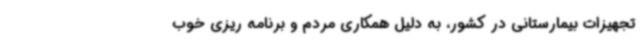
تجهیزات بیمارستانی در کشور، به دلیل همکاری مردم و برنامه ریزی خوب